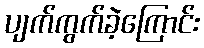
ပျက်ကွက်ခဲ့ကြောင်း